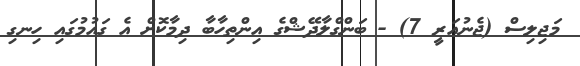
މަޖިލިސް (ޖެނުއަރީ 7) - ބަންގްލާދޭޝްގެ އިންތިހާބާ ދިމާކޮށް އެ ގައުމުގައި ހިނގި